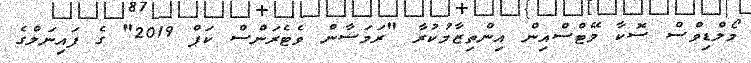
މޯލްޑިވްސް ސޮކާ މޭޓްސްއިން އިންތިޒާމުކުރާ "ރަމަޟާން ވެޓެރަންސް ކަޕް 2019" ގެ ފައިނަލްގެ